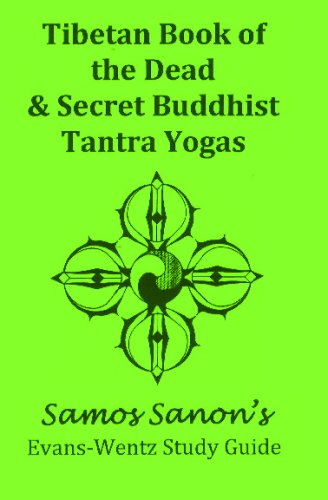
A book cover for Tibetan Book Of The Dead & Secret Buddhist Tantra Yogas: Samos Sanon's Evans-Wentz Study Guide; Samos Sanon; Religion & Spirituality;